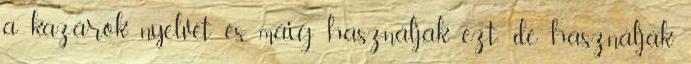
a kazárok nyelvét, és máig használják ezt; de használják